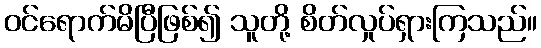
ဝင်ရောက်မိပြီဖြစ်၍ သူတို့ စိတ်လှုပ်ရှားကြသည်။